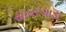
સાવરપાડા